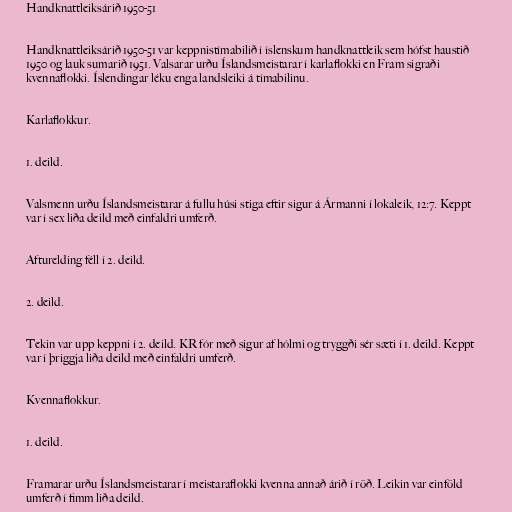
Handknattleiksárið 1950-51

Handknattleiksárið 1950-51 var keppnistímabilið í íslenskum handknattleik sem hófst haustið
1950 og lauk sumarið 1951. Valsarar urðu Íslandsmeistarar í karlaflokki en Fram sigraði
kvennaflokki. Íslendingar léku enga landsleiki á tímabilinu.

Karlaflokkur.

1. deild.

Valsmenn urðu Íslandsmeistarar á fullu húsi stiga eftir sigur á Ármanni í lokaleik, 12:7. Keppt
var í sex liða deild með einfaldri umferð.

Afturelding féll í 2. deild.

2. deild.

Tekin var upp keppni í 2. deild. KR fór með sigur af hólmi og tryggði sér sæti í 1. deild. Keppt
var í þriggja liða deild með einfaldri umferð.

Kvennaflokkur.

1. deild.

Framarar urðu Íslandsmeistarar í meistaraflokki kvenna annað árið í röð. Leikin var einföld
umferð í fimm liða deild.